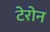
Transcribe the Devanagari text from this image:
टेरोन